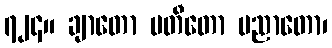
၇၂၄။ ချာတော ပတီတော ပညာတော၊